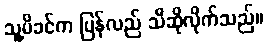
သူ့မိခင်က ပြန်လည် သီဆိုလိုက်သည်။